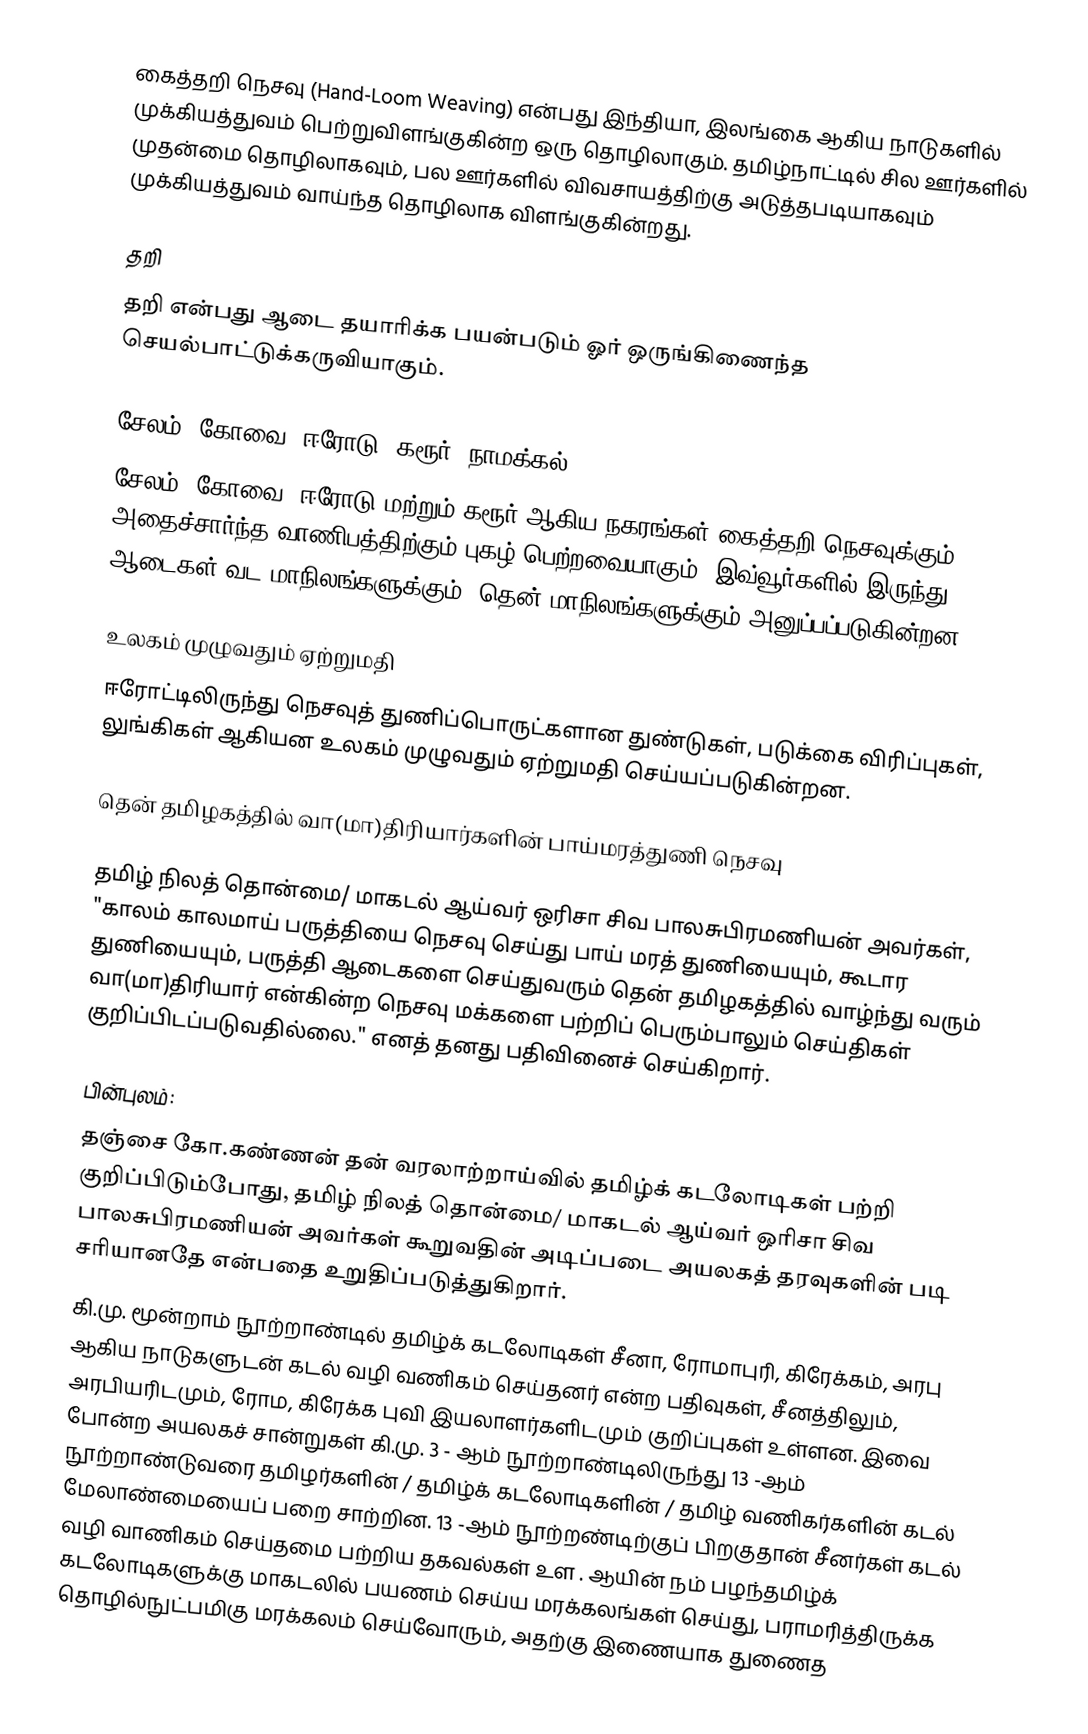
கைத்தறி நெசவு (Hand-Loom Weaving) என்பது  இந்தியா, இலங்கை ஆகிய நாடுகளில் முக்கியத்துவம் பெற்றுவிளங்குகின்ற ஒரு தொழிலாகும். தமிழ்நாட்டில் சில ஊர்களில் முதன்மை  தொழிலாகவும், பல ஊர்களில் விவசாயத்திற்கு அடுத்தபடியாகவும்  முக்கியத்துவம் வாய்ந்த தொழிலாக விளங்குகின்றது.

தறி
தறி என்பது ஆடை தயாரிக்க பயன்படும் ஓர் ஒருங்கிணைந்த செயல்பாட்டுக்கருவியாகும்.

சேலம், கோவை, ஈரோடு, கரூர், நாமக்கல்
சேலம், கோவை, ஈரோடு மற்றும் கரூர் ஆகிய நகரங்கள் கைத்தறி நெசவுக்கும் அதைச்சார்ந்த வாணிபத்திற்கும் புகழ் பெற்றவையாகும். இவ்வூர்களில் இருந்து ஆடைகள் வட மாநிலங்களுக்கும், தென் மாநிலங்களுக்கும் அனுப்பப்படுகின்றன.

உலகம் முழுவதும் ஏற்றுமதி
ஈரோட்டிலிருந்து நெசவுத் துணிப்பொருட்களான துண்டுகள், படுக்கை விரிப்புகள், லுங்கிகள் ஆகியன உலகம் முழுவதும் ஏற்றுமதி செய்யப்படுகின்றன.

தென் தமிழகத்தில் வா(மா)திரியார்களின் பாய்மரத்துணி நெசவு

தமிழ் நிலத் தொன்மை/ மாகடல் ஆய்வர் ஒரிசா சிவ பாலசுபிரமணியன் அவர்கள், "காலம் காலமாய் பருத்தியை நெசவு செய்து பாய் மரத் துணியையும், கூடார துணியையும், பருத்தி ஆடைகளை செய்துவரும் தென் தமிழகத்தில் வாழ்ந்து வரும் வா(மா)திரியார் என்கின்ற நெசவு மக்களை பற்றிப் பெரும்பாலும் செய்திகள் குறிப்பிடப்படுவதில்லை." எனத் தனது பதிவினைச் செய்கிறார்.

பின்புலம்:
தஞ்சை கோ.கண்ணன் தன் வரலாற்றாய்வில் தமிழ்க் கடலோடிகள் பற்றி குறிப்பிடும்போது, தமிழ் நிலத் தொன்மை/ மாகடல் ஆய்வர் ஒரிசா சிவ பாலசுபிரமணியன் அவர்கள் கூறுவதின் அடிப்படை அயலகத் தரவுகளின் படி சரியானதே என்பதை உறுதிப்படுத்துகிறார்.
கி.மு. மூன்றாம் நூற்றாண்டில் தமிழ்க் கடலோடிகள் சீனா, ரோமாபுரி, கிரேக்கம், அரபு ஆகிய நாடுகளுடன் கடல் வழி வணிகம் செய்தனர் என்ற பதிவுகள், சீனத்திலும், அரபியரிடமும், ரோம, கிரேக்க புவி இயலாளர்களிடமும் குறிப்புகள் உள்ளன. இவை போன்ற அயலகச் சான்றுகள் கி.மு. 3 - ஆம் நூற்றாண்டிலிருந்து  13 -ஆம் நூற்றாண்டுவரை தமிழர்களின் / தமிழ்க் கடலோடிகளின் / தமிழ் வணிகர்களின் கடல் மேலாண்மையைப் பறை சாற்றின. 13 -ஆம் நூற்றண்டிற்குப் பிறகுதான் சீனர்கள் கடல் வழி வாணிகம் செய்தமை பற்றிய தகவல்கள் உள . ஆயின் நம் பழந்தமிழ்க் கடலோடிகளுக்கு மாகடலில் பயணம் செய்ய மரக்கலங்கள் செய்து, பராமரித்திருக்க தொழில்நுட்பமிகு மரக்கலம் செய்வோரும், அதற்கு இணையாக துணைத